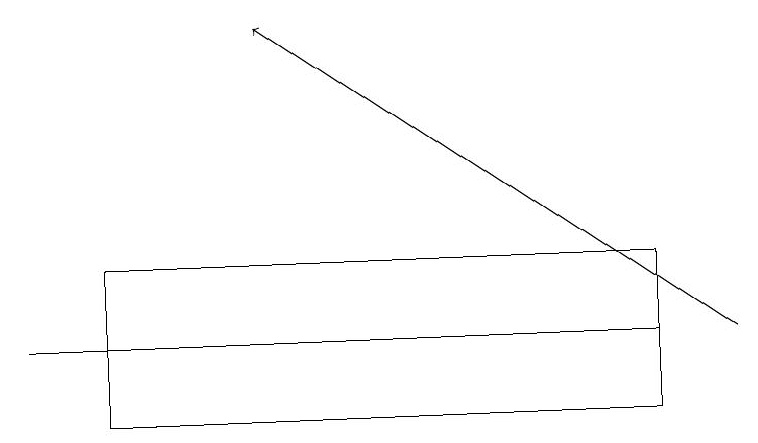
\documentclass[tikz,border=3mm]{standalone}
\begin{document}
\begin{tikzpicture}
\draw (5,15) rectangle (0,15);
\draw (8,14) rectangle (1,16);
\draw[->] (9,15) -- (3,19);
\draw (8,15) rectangle (1,14);
\draw (8,14) rectangle (1,16);
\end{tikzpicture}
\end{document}